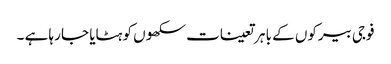
فوجی بیرکوں کے با ہر تعینات سکھوں کو ہٹایا جا رہا ہے ۔